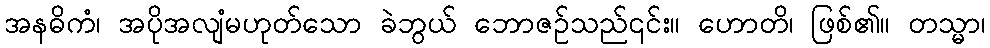
အနဓိကံ၊ အပိုအလျံမဟုတ်သော ခဲဘွယ် ဘောဇဉ်သည်၎င်း။ ဟောတိ၊ ဖြစ်၏။ တသ္မာ၊